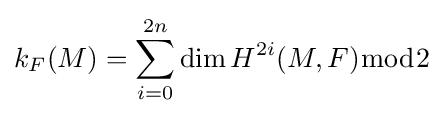
k_{F}(M)=\sum _{i=0}^{2n}\dim H^{2i}(M,F){\bmod {2}}